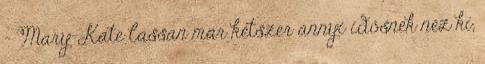
- Mary-Kate lassan már kétszer annyi idősnek néz ki,